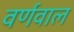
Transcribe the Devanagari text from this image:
वर्णवाल